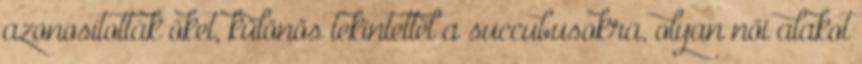
azonosították őket, különös tekintettel a succubusokra, olyan női alakot